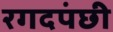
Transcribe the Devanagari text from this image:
रगदपंछी